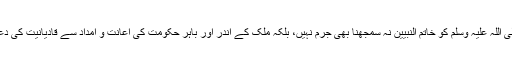
حضرت رسول اللہ صلی اللہ علیہ وسلم کو خاتم النبیین نہ سمجھنا بھی جرم نہیں، بلکہ ملک کے اندر اور باہر حکومت کی اعانت و امداد سے قادیانیت کی دعوت و تبلیغ جاری ہے۔